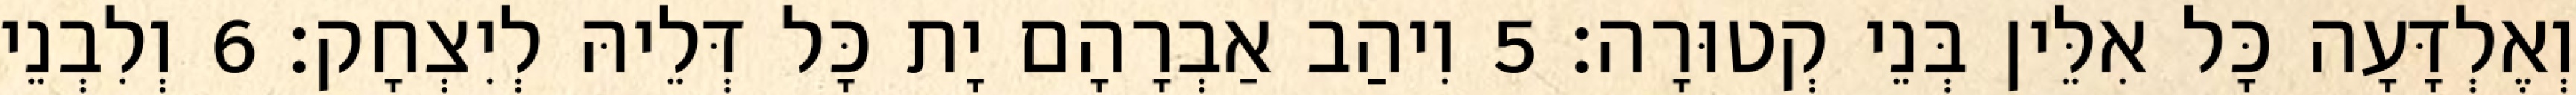
וְאֶלְדָּעָה כָּל אִלֵּין בְּנֵי קְטוּרָה׃ 5 וִיהַב אַבְרָהָם יָת כָּל דְּלֵיהּ לְיִצְחָק׃ 6 וְלִבְנֵי